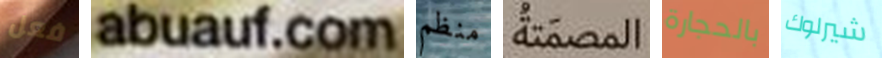
فعل abuauf.com منظم المصمتة بالحجارة شيرلوك